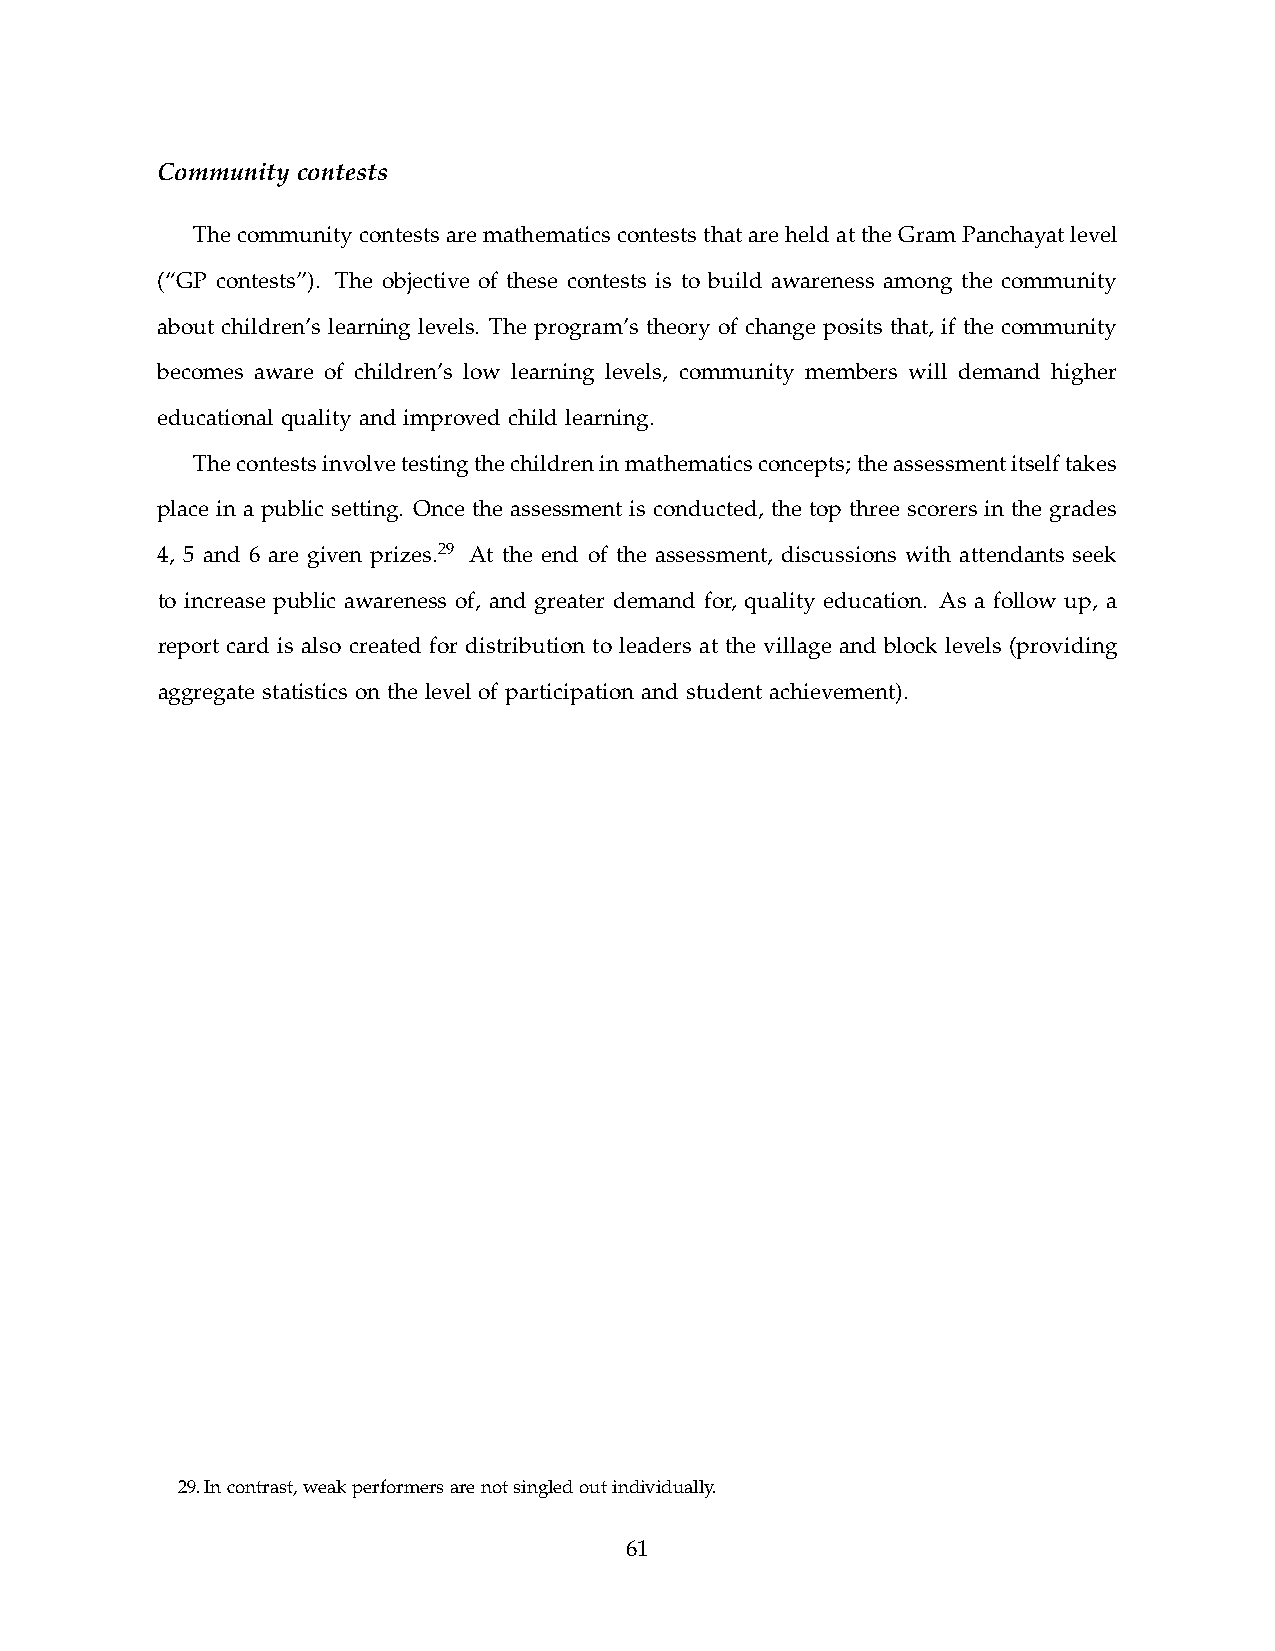
Community contests
 The community contests are mathematics contests that are held at the Gram Panchayat level
 (“GP contests”). The objective of these contests is to build awareness among the community
 about children’s learning levels. The program’s theory of change posits that, if the community
 becomes aware of children’s low learning levels, community members will demand higher
 educational quality and improved child learning.
 The contests involve testing the children in mathematics concepts; the assessment itself takes
 place in a public setting. Once the assessment is conducted, the top three scorers in the grades
 4, 5 and 6 are given prizes.29 At the end of the assessment, discussions with attendants seek
 to increase public awareness of, and greater demand for, quality education. As a follow up, a
 report card is also created for distribution to leaders at the village and block levels (providing
 aggregate statistics on the level of participation and student achievement).
 29. In contrast, weak performers are not singled out individually.
 61